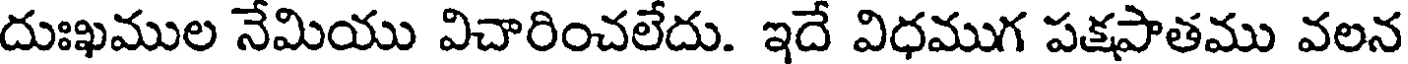
దుఃఖముల నేమియు విచారించలేదు. ఇదే విధముగ పక్షపాతము వలన